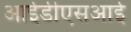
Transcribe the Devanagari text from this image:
आईडीएसआई